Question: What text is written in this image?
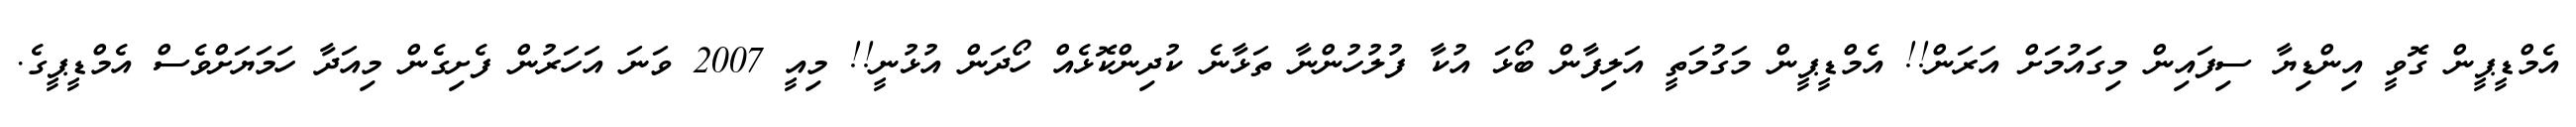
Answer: އެމްޑީޕީން ގޮވީ އިންޑިޔާ ސިފައިން މިގަައުމަށް އަރަން!! އެމްޑީޕީން މަގުމަތީ އަލިފާން ބޯޅަ އުކާ ފުލުހުންނާ ތަޅާނެ ކުދިންކޮޅެއް ހޯދަން އުޅުނީ!! މިއީ 2007 ވަނަ އަހަރުން ފެށިގެން މިއަދާ ހަމަޔަށްވެސް އެމްޑީޕީގެ.